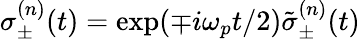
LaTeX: \sigma_{\pm}^{(n)}(t)=\exp(\mp i\omega_{p}t/2)\tilde{\sigma}_{\pm}^{(n)}(t)